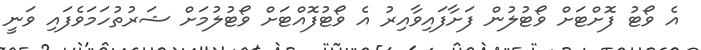
އެ ވޯޓު ފޮށްޓަށް ވޯޓުލުން ފަށާފައިވާއިރު އެ ވޯޓުފޮއްޓަށް ވޯޓުލުމަށް ޝަރުތުހަމަވެފައި ވަނީ